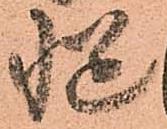
慥